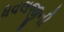
ધવલજીની